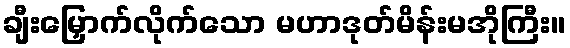
ချီးမြှောက်လိုက်သော မဟာဒုတ်မိန်းမအိုကြီး။